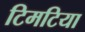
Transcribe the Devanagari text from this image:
टिमटिया